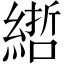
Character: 𦄃